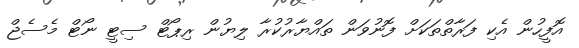
އޮފީހުން އެކި ފަރާތްތަކަށް ފޮނުވަން ތައްޔާރުކުރާ ލިޔުން ރިޕޯޓް ސިޓީ ނޯޓް މެސެޖް